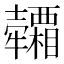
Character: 𤜕